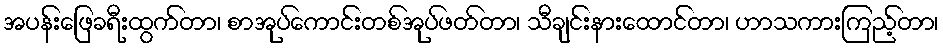
အပန်းဖြေခရီးထွက်တာ၊ စာအုပ်ကောင်းတစ်အုပ်ဖတ်တာ၊ သီချင်းနားထောင်တာ၊ ဟာသကားကြည့်တာ၊